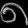
Digit: ၈